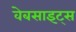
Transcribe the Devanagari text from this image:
वेबसाइट्‌स